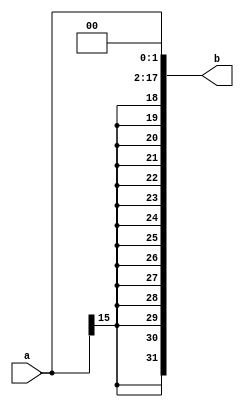
`timescale 1ns / 1ps
module ext18(
    input  [15:0] a,
    output [31:0] b
    );
    assign b = {{(14){a[15]}},a,2'b00};
    //sign-extend
endmodule